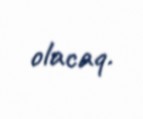
olacaq.